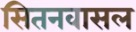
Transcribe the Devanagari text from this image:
सितनवासल